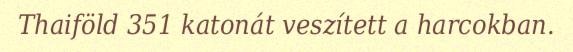
Thaiföld 351 katonát veszített a harcokban.